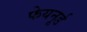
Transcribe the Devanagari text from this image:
फेयनूर्ड